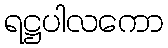
ရဋ္ဌပါလကော